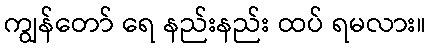
ကျွန်တော် ရေ နည်းနည်း ထပ် ရမလား။